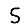
Digit: 5